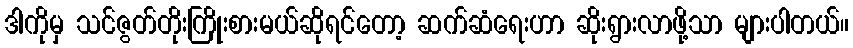
ဒါကိုမှ သင်ဇွတ်တိုးကြိုးစားမယ်ဆိုရင်တော့ ဆက်ဆံရေးဟာ ဆိုးရွားလာဖို့သာ များပါတယ်။